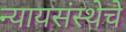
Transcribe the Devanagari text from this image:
न्यायसंस्थेचे